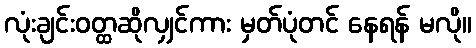
လုံးချင်းဝတ္ထဆိုလျှင်ကား မှတ်ပုံတင် နေရန် မလို။